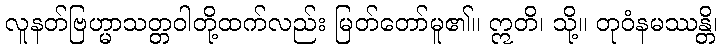
လူနတ်ဗြဟ္မာသတ္တဝါတို့ထက်လည်း မြတ်တော်မူ၏။ ဣတိ၊ သို့။ တုဝံနမဿန္တိ၊